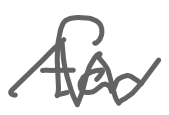
Text: for
Cross-out: zig-zag
Writing tool: digital_gray